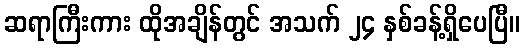
ဆရာကြီးကား ထိုအချိန်တွင် အသက် ၂၄ နှစ်ခန့်ရှိပေပြီ။